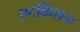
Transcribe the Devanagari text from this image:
एटकिंशन